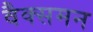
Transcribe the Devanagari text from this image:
वैक्समन